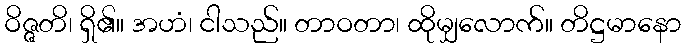
ဝိဇ္ဇတိ၊ ရှိ၏။ အဟံ၊ ငါသည်။ တာဝတာ၊ ထိုမျှလောက်။ တိဋ္ဌမာနော